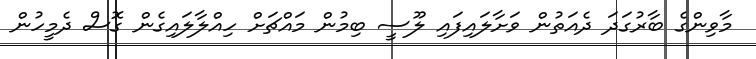
މާވިންގެ ބާރުގަދަ ދެއަތުން ވަށާލައިފައި ލޫސީ ބިމުން މައްޗަށް ހިއްލާލައިގެން ގޮސް ދެމީހުން